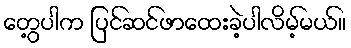
တွေ့ပါက ပြင်ဆင်ဖာထေးခဲ့ပါလိမ့်မယ်။